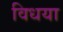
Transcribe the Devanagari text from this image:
विधया